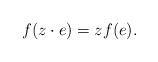
LaTeX: \begin{align*} f(z\cdot e)=zf(e). \end{align*}